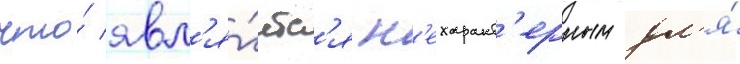
что́ явл'я́етс'я н'ехаракт'ерным дл'я́